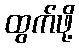
ထွက်ဖို့